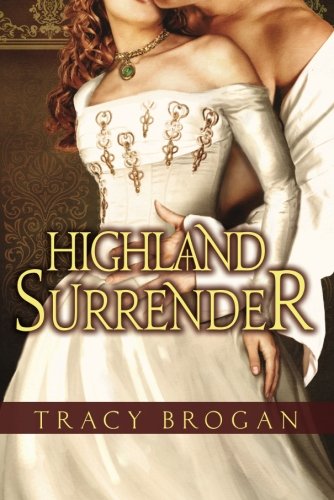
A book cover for Highland Surrender; Tracy Brogan; Romance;